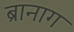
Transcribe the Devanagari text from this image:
ब्रानाग